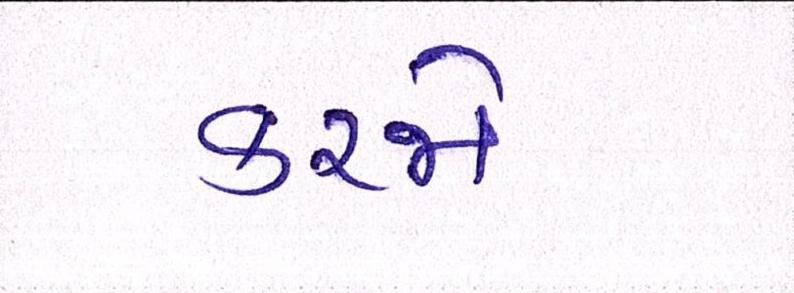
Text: કરજો